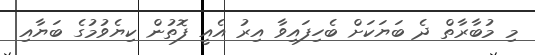
މި މުބާރާތް ދެ ބަޔަކަށް ބެހިފައިވާ އިރު އެއީ ފޮތުން ކިޔެވުމުގެ ބަޔާއި